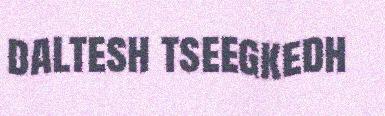
daltesh tseegkedh